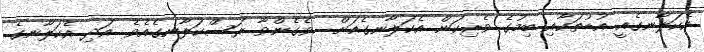
އެކަލާނގެއީ އުޑުތަކާއި ބިމުގެ ވެރިކަން އެކަލާނގެއަށް  ވެގެންވާ ރަސްކަލާނގެއެވެ. އަދި އެކަލާނގެ